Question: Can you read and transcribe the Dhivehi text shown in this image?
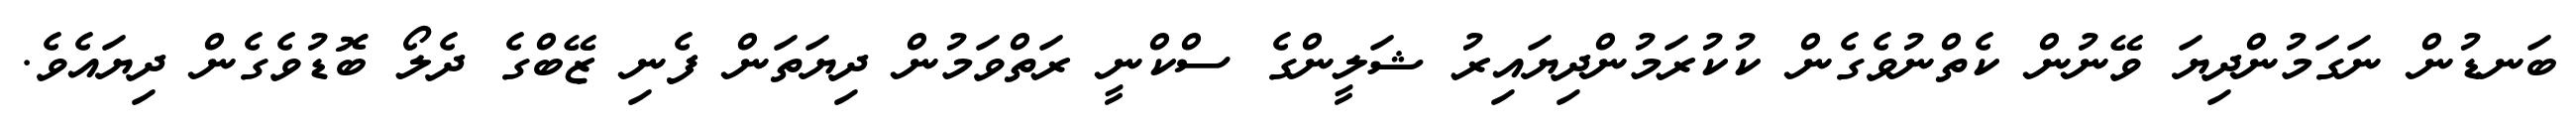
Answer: ބަނޑުން ނަގަމުންދިޔަ ވޭނުން ކެތްނުވެގެން ކުކުރަމުންދިޔައިރު ޝަލީންގެ ސްކްނީ ރަތްވަމުން ދިޔަތަން ފެނި ޒޭބްގެ ދެލޯ ބޮޑުވެގެން ދިޔައެވެ.